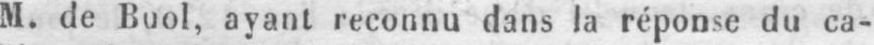
M. de Buol, ayant reconnu dans la réponse du ca-